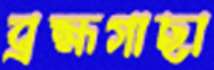
ব্রহ্মগাছা